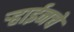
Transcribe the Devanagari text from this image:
ऱ्हाईनचे